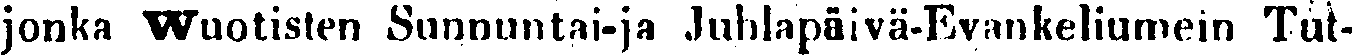
jonka Wuotisten Sunnuntai-ja Juhlapäivä-Evankeliumein Tut-